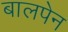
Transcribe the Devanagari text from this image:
बालपेन